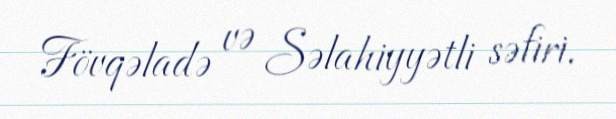
Fövqəladə və Səlahiyyətli səfiri.